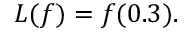
L ( f ) = f ( 0 . 3 ) { \mathrm { . } }